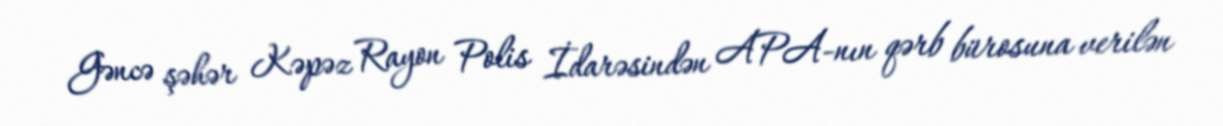
Gəncə şəhər Kəpəz Rayon Polis İdarəsindən APA-nın qərb bürosuna verilən